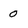
Character: 0